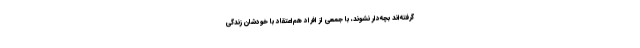
گرفته‌اند بچه‌دار نشوند، با جمعی از افراد هم‌اعتقاد با خودشان زندگی